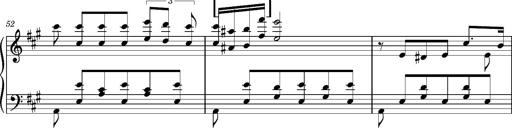
Title: Cavatine de Robert le Diable
Composer: Franz Liszt
Key: F-sharp minor